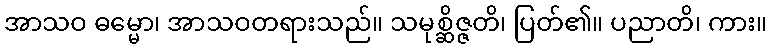
အာသဝ ဓမ္မော၊ အာသဝတရားသည်။ သမုစ္ဆိဇ္ဇတိ၊ ပြတ်၏။ ပညာတိ၊ ကား။